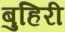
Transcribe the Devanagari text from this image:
बुहिरी